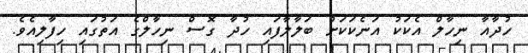
ހުދާއާ ނިހާލް އެކަކު އަނެކަކަށް ބަލާލާފައި ހުދާ ގޮސް ނިހާލްގެ އަތުގައި ހިފާލިއެވެ.